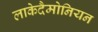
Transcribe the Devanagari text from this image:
लाकेदैमोनियन